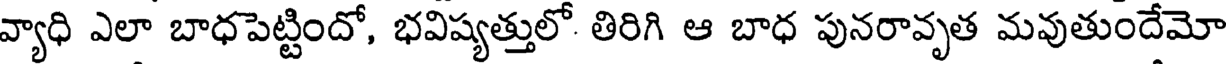
వ్యాధి ఎలా బాధపెట్టిందో, భవిష్యత్తులో తిరిగి ఆ బాధ పునరావృత మవుతుందేమో